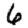
Digit: 6